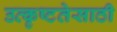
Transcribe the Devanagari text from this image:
उत्कृष्टतेसाठी